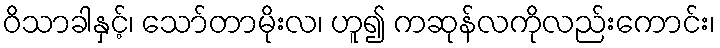
ဝိသာခါနှင့်၊ သော်တာမိုးလ၊ ဟူ၍ ကဆုန်လကိုလည်းကောင်း၊